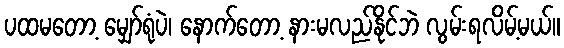
ပထမတော့ မျှော်ရုံပဲ၊ နောက်တော့ နားမလည်နိုင်ဘဲ လွမ်းရလိမ့်မယ်။